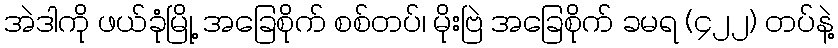
အဲဒါကို ဖယ်ခုံမြို့ အခြေစိုက် စစ်တပ်၊ မိုးဗြဲ အခြေစိုက် ခမရ (၄၂၂) တပ်နဲ့